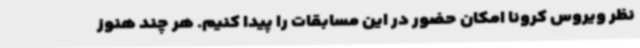
نظر ویروس کرونا امکان حضور در این مسابقات را پیدا کنیم. هر چند هنوز